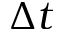
\Delta t